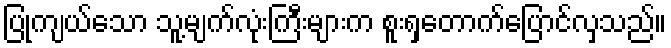
ပြုကျယ်သော သူ့မျက်လုံးကြီးများက စူးရှတောက်ပြောင်လှသည်။